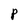
Character: p